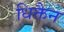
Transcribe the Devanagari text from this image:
धिक्तैन